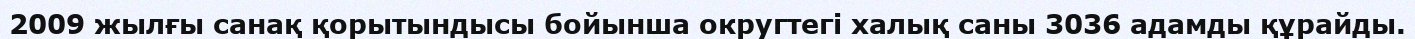
2009 жылғы санақ қорытындысы бойынша округтегі халық саны 3036 адамды құрайды.